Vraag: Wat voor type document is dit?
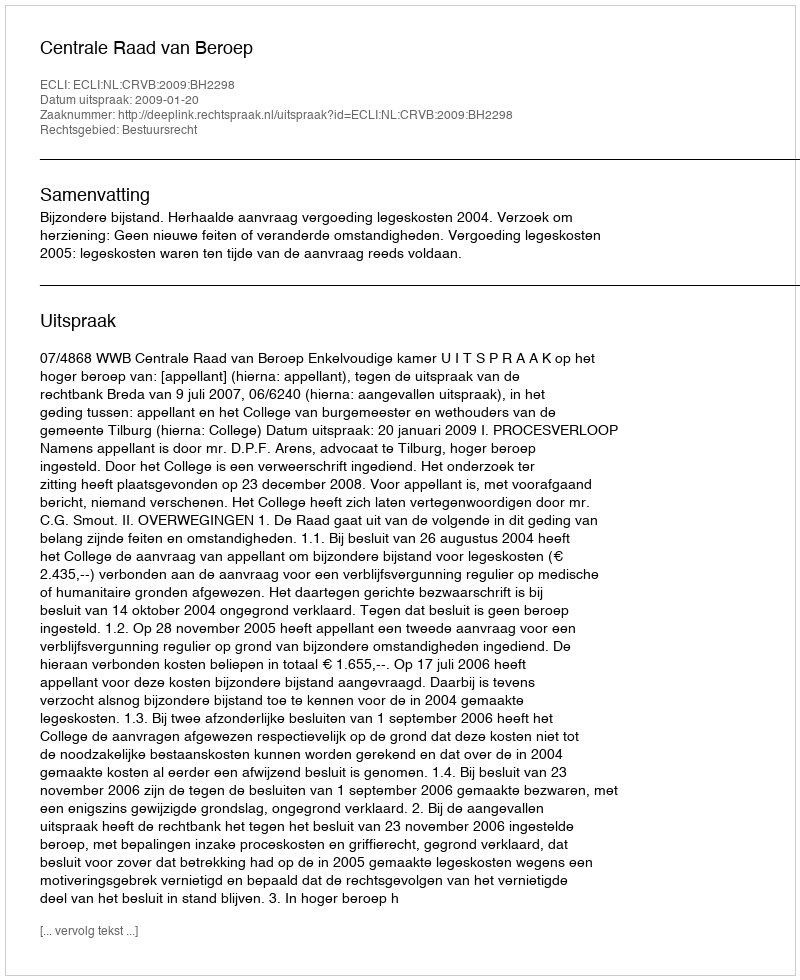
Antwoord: Uitspraak